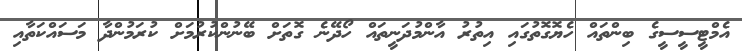
އެމްޓީސީސީގެ ބިންތައް ހެޔޮގޮތުގައި އިތުރު އާންމުދަނީތައް ހޯދޭނެ ގޮތަށް ބޭނުންކުރުމަށް ކުރަމުންދާ މަސައްކަތާއި